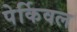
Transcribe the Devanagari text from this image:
पेर्किवल